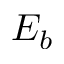
E _ { b }